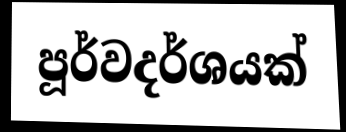
පූර්වදර්ශයක්